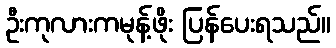
ဦးကုလားကမုန့်ဖိုး ပြန်ပေးရသည်။